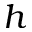
h